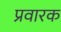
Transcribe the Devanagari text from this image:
प्रवारक